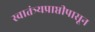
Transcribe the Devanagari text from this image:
स्वातंत्र्यप्राप्तीपासून